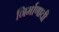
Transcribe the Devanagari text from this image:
निर्माणाची